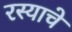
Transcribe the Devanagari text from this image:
रस्याचे